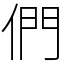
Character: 們